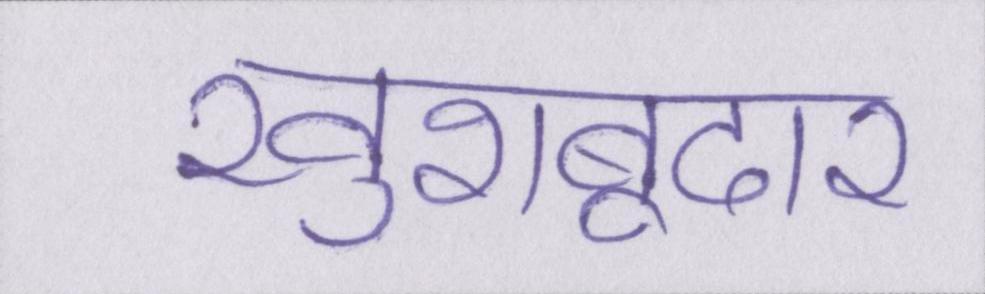
खुशबूदार